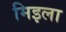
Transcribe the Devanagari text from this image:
मिइला